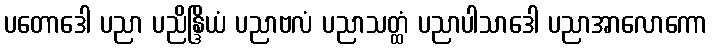
ပတောဒေါ ပညာ ပညိန္ဒြိယံ ပညာဗလံ ပညာသတ္ထံ ပညာပါသာဒေါ ပညာအာလောကော